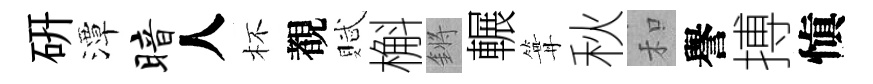
硏潭暗人杯覩賦槲鏘輾篝秋和譽搏愼